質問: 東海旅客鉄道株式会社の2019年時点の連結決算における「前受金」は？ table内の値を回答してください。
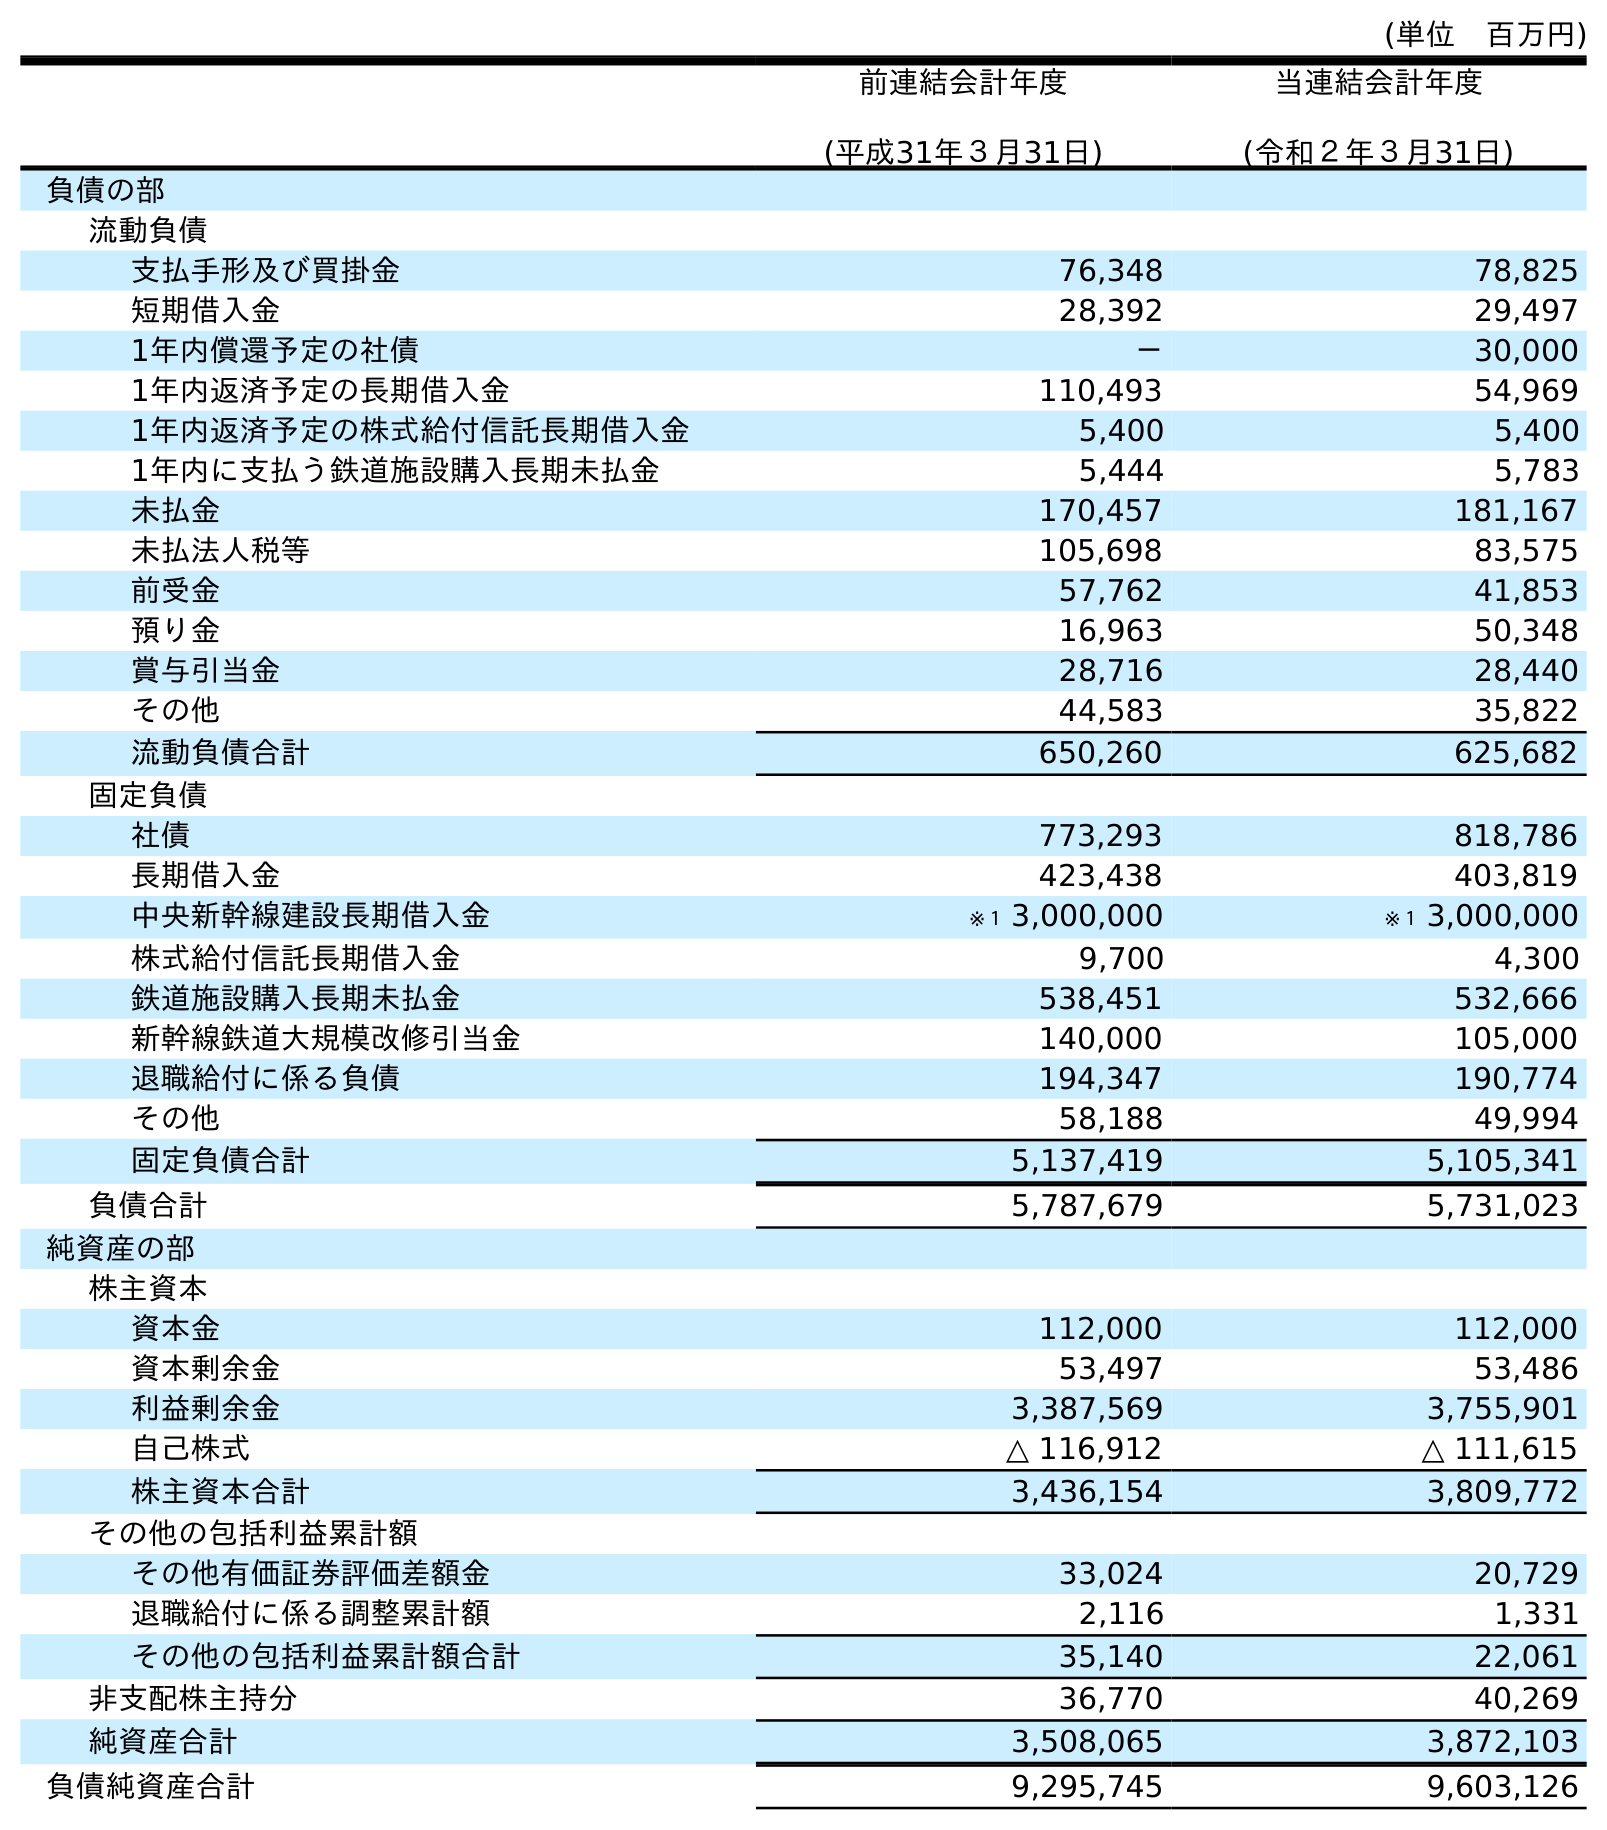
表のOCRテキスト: (単位 百万円) 前連結会計年度 (平成31年３月31日) 当連結会計年度 (令和２年３月31日) 負債の部 流動負債 支払手形及び買掛金 76,348 78,825 短期借入金 28,392 29,497 1年内償還予定の社債 － 30,000 1年内返済予定の長期借入金 110,493 54,969 1年内返済予定の株式給付信託長期借入金 5,400 5,400 1年内に支払う鉄道施設購入長期未払金 5,444 5,783 未払金 170,457 181,167 未払法人税等 105,698 83,575 前受金 57,762 41,853 預り金 16,963 50,348 賞与引当金 28,716 28,440 その他 44,583 35,822 流動負債合計 650,260 625,682 固定負債 社債 773,293 818,786 長期借入金 423,438 403,819 中央新幹線建設長期借入金 ※１ 3,000,000 ※１ 3,000,000 株式給付信託長期借入金 9,700 4,300 鉄道施設購入長期未払金 538,451 532,666 新幹線鉄道大規模改修引当金 140,000 105,000 退職給付に係る負債 194,347 190,774 その他 58,188 49,994 固定負債合計 5,137,419 5,105,341 負債合計 5,787,679 5,731,023 純資産の部 株主資本 資本金 112,000 112,000 資本剰余金 53,497 53,486 利益剰余金 3,387,569 3,755,901 自己株式 △ 116,912 △ 111,615 株主資本合計 3,436,154 3,809,772 その他の包括利益累計額 その他有価証券評価差額金 33,024 20,729 退職給付に係る調整累計額 2,116 1,331 その他の包括利益累計額合計 35,140 22,061 非支配株主持分 36,770 40,269 純資産合計 3,508,065 3,872,103 負債純資産合計 9,295,745 9,603,126
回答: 57,762